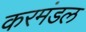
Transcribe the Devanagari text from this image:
करमंडल